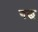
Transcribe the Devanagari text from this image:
गछ